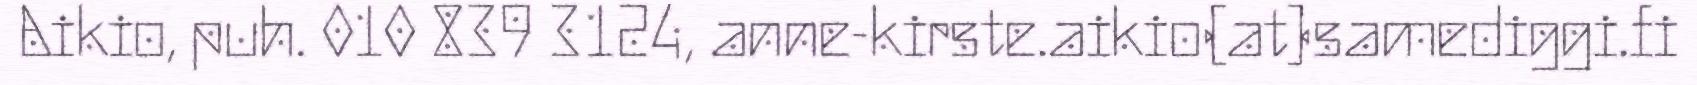
Aikio, puh. 010 839 3124, anne-kirste.aikio(at)samediggi.fi